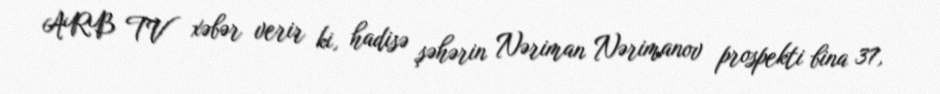
ARB TV xəbər verir ki, hadisə şəhərin Nəriman Nərimanov prospekti bina 37,